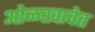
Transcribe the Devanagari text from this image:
ओळखावेत